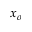
x _ { o }